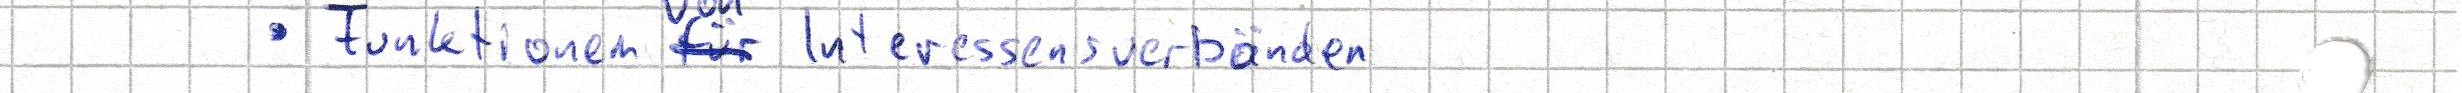
- Funktionen Interessensverbänden